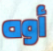
أوه